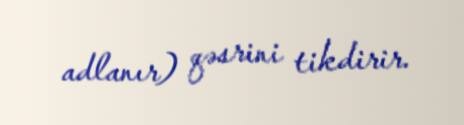
adlanır) qəsrini tikdirir.